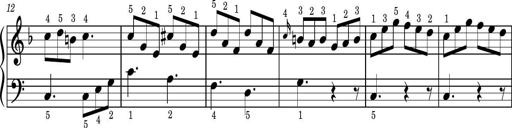
Title: Easy Progressive Lessons and 4 Sonatinas
Composer: Thomas Attwood